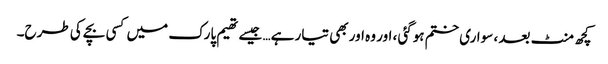
کچھ منٹ بعد ، سواری ختم ہوگئی ، اور وہ اور بھی تیار ہے… جیسے تھیم پارک میں کسی بچے کی طرح۔